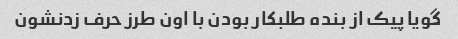
گویا پیک از بنده طلبکار بودن با اون طرز حرف زدنشون